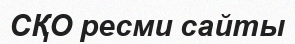
СҚО ресми сайты